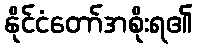
နိုင်ငံတော်အစိုးရ၏